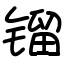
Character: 镏